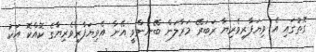
ގޮތުގައި އެ ވިޔަފާރިވެރިޔާ ރަބަރޭ މަރާލަން ބޭނުންވީ އޭނާ އެވިޔަފާރިވެރިޔާގެ ކޮއްކޮ އަކު